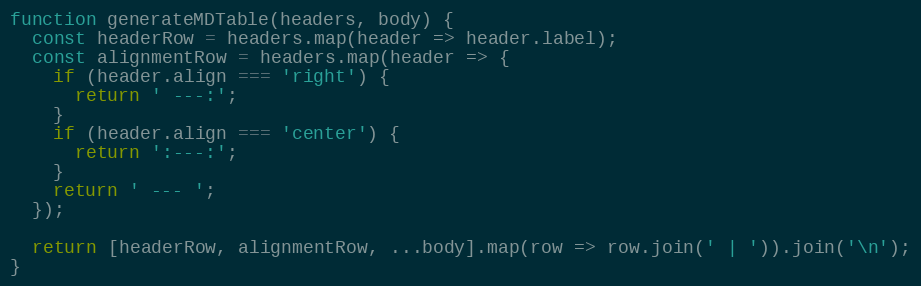
Language: JavaScript
function generateMDTable(headers, body) {
  const headerRow = headers.map(header => header.label);
  const alignmentRow = headers.map(header => {
    if (header.align === 'right') {
      return ' ---:';
    }
    if (header.align === 'center') {
      return ':---:';
    }
    return ' --- ';
  });

  return [headerRow, alignmentRow, ...body].map(row => row.join(' | ')).join('\n');
}